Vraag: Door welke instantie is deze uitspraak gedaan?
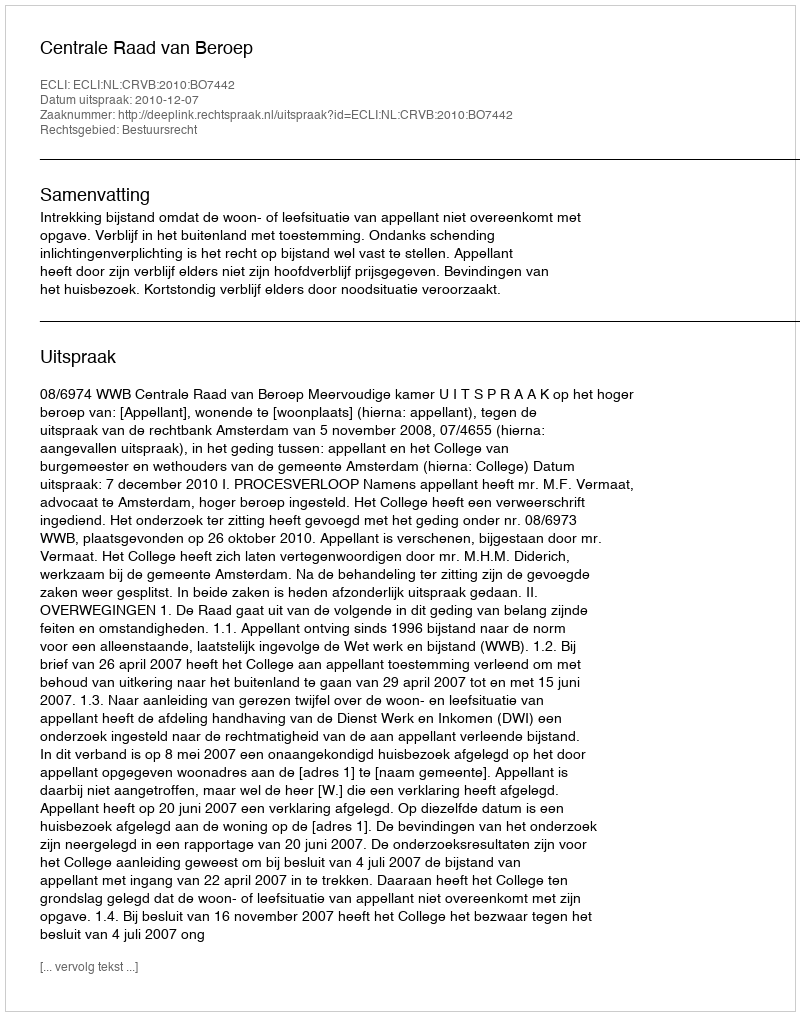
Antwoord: Centrale Raad van Beroep